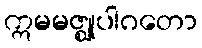
ဣမမဇ္ဈုပါဂတော